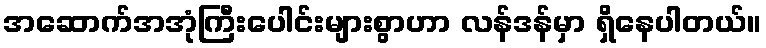
အဆောက်အအုံကြီးပေါင်းများစွာဟာ လန်ဒန်မှာ ရှိနေပါတယ်။